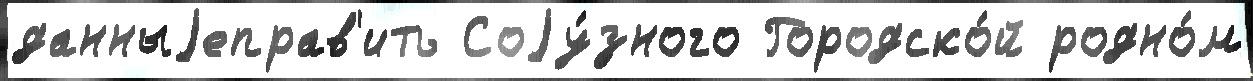
данныjеправ'ить Соjу́зного Городско́й родно́м